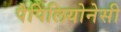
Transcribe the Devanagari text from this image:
पैपिलियोनेसी